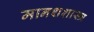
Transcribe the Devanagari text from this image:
मानशशास्त्र